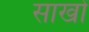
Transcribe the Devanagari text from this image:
साखों